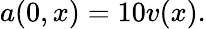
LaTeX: a(0,x)=10v(x).